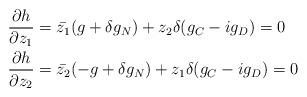
LaTeX: \begin{align*}\frac{\partial h}{\partial z_1} &= \bar{z_1}(g+ \delta g_N)+ z_2 \delta (g_C -ig_D)=0\\\frac{\partial h}{\partial z_2} &= \bar{z_2}(-g+ \delta g_N)+ z_1\delta (g_C -ig_D)=0\end{align*}